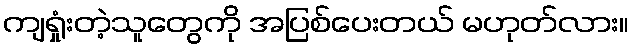
ကျရှုံးတဲ့သူတွေကို အပြစ်ပေးတယ် မဟုတ်လား။